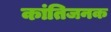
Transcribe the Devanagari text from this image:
कांतिजनक